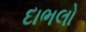
દાભલો